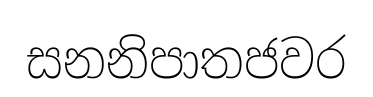
සනනිපාතජවර